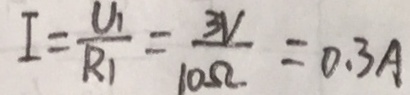
I = \frac { U _ { 1 } } { R _ { 1 } } = \frac { 3 V } { 1 0 \Omega } = 0 . 3 A